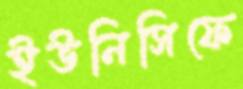
ইউনিসিফে